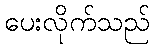
ပေးလိုက်သည်